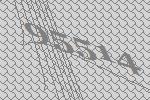
95514